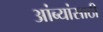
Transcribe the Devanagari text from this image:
आंब्यांसाठी